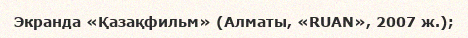
Экранда «Қазақфильм» (Алматы, «RUAN», 2007 ж.);